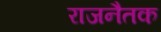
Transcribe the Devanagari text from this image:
राजनैतक